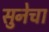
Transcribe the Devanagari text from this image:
सुनेचा